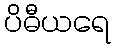
ပိဓီယရေ